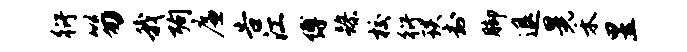
衍笏我殉廉告江缚躁校衍琰封脚退晃禾昱